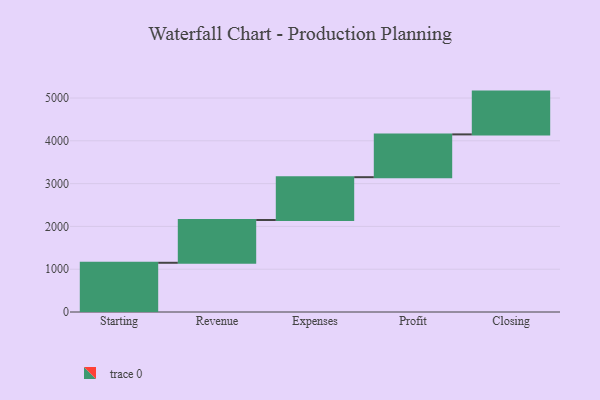
{"axis": {"x": "Step", "y": "Value"}, "legend": [""], "data": [{"x": "Starting", "y": 1150.0, "type": ""}, {"x": "Revenue", "y": 1000, "type": ""}, {"x": "Expenses", "y": 1000, "type": ""}, {"x": "Profit", "y": 1000, "type": ""}, {"x": "Closing", "y": 1000, "type": ""}]}